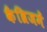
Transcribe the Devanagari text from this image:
कैंब्रिजमें